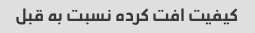
کیفیت افت کرده نسبت به قبل